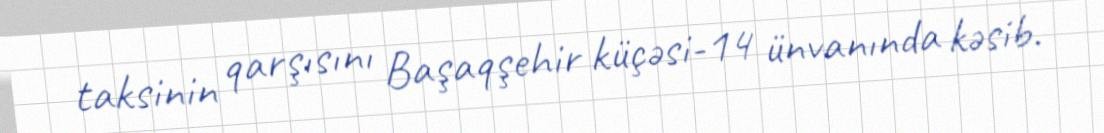
taksinin qarşısını Başaqşehir küçəsi-14 ünvanında kəsib.